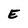
Character: E